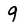
Character: 9